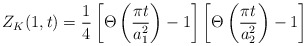
\begin{align*}Z_K(1,t)=\frac{1}{4}\left[\Theta\left(\frac{\pi t}{a_1^2}\right)-1\right]\left[\Theta\left(\frac{\pi t}{a_2^2}\right)-1\right]\end{align*}